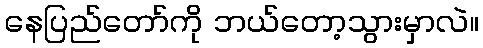
နေပြည်တော်ကို ဘယ်တော့သွားမှာလဲ။